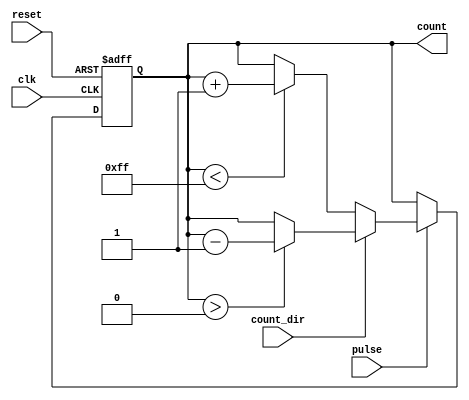
module pulse_counter #(
    parameter N = 8 // Configure the bit-width of the counter
)(
    input wire clk,
    input wire reset,
    input wire pulse,
    input wire count_dir, // 0 for up, 1 for down
    output reg [N-1:0] count // N-bit output representing the current count value
);

    // Counter logic
    always @(posedge clk or posedge reset) begin
        if (reset) begin
            count <= 0; // Reset count to zero
        end else if (pulse) begin
            if (count_dir == 0) begin
                // Count up, check for maximum value
                if (count < (1 << N) - 1) begin
                    count <= count + 1; // Increment count
                end
            end else begin
                // Count down, check for zero
                if (count > 0) begin
                    count <= count - 1; // Decrement count
                end
            end
        end
    end

endmodule